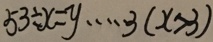
5 3 \div x = y \cdots 3 ( x > 3 )